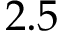
2 . 5